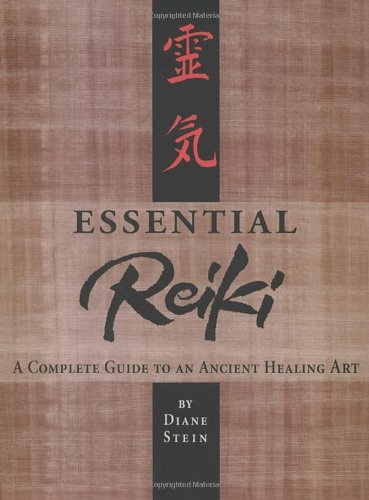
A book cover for Essential Reiki: A Complete Guide to an Ancient Healing Art; Diane Stein; Health, Fitness & Dieting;